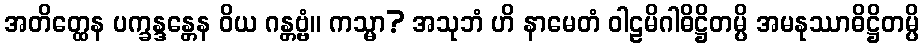
အတိတ္ထေန ပက္ခန္ဒန္တေန ဝိယ ဂန္တဗ္ဗံ။ ကသ္မာ? အသုဘံ ဟိ နာမေတံ ဝါဠမိဂါဓိဋ္ဌိတမ္ပိ အမနုဿာဓိဋ္ဌိတမ္ပိ